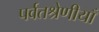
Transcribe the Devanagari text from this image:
पर्वतश्रेणीयाँ